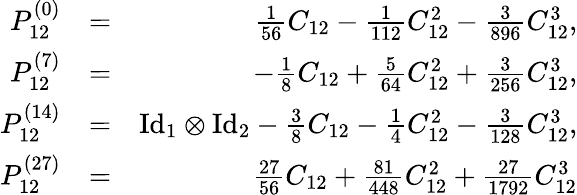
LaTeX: \begin{array}{rlr}{P_{12}^{(0)}}&{=}&{\frac{1}{56}C_{12}-\frac{1}{112}C_{12}^{2}-\frac{3}{896}C_{12}^{3},}\\ {P_{12}^{(7)}}&{=}&{-\frac{1}{8}C_{12}+\frac{5}{64}C_{12}^{2}+\frac{3}{256}C_{12}^{3},}\\ {P_{12}^{(14)}}&{=}&{\mathrm{Id}_{1}\otimes\mathrm{Id}_{2}-\frac{3}{8}C_{12}-\frac{1}{4}C_{12}^{2}-\frac{3}{128}C_{12}^{3},}\\ {P_{12}^{(27)}}&{=}&{\frac{27}{56}C_{12}+\frac{81}{448}C_{12}^{2}+\frac{27}{1792}C_{12}^{3}}\end{array}